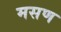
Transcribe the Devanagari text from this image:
मसण